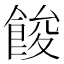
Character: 餕